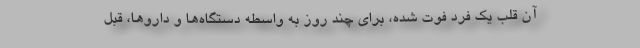
آن قلب یک فرد فوت شده، برای چند روز به واسطه دستگاه‌ها و داروها، قبل